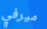
ميرفي